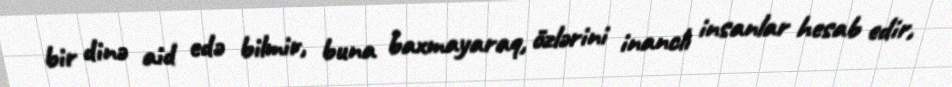
bir dinə aid edə bilmir, buna baxmayaraq, özlərini inanclı insanlar hesab edir,